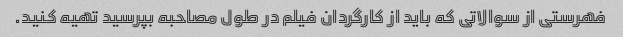
فهرستی از سوالاتی که باید از کارگردان فیلم در طول مصاحبه بپرسید تهیه کنید.